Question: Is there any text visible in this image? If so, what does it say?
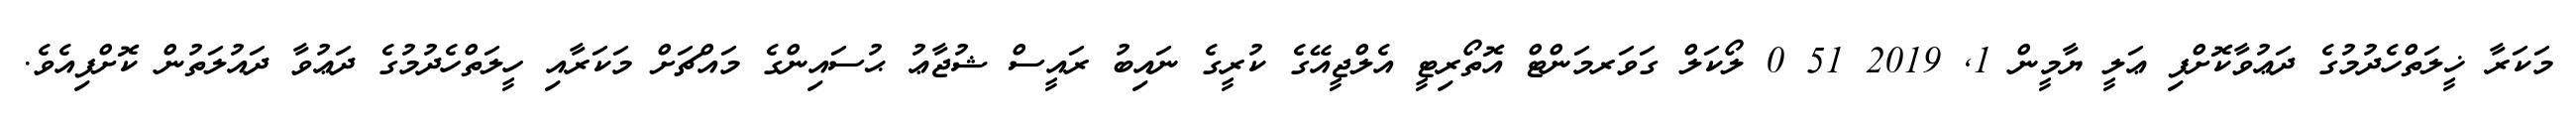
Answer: މަކަރާ ޚީލަތްހެދުމުގެ ދަޢުވާކޮށްފި ޢަލީ ޔާމީން 1, 2019 51 0 ލޯކަލް ގަވަރމަންޓް އޮތޯރިޓީ އެލްޖީއޭގެ ކުރީގެ ނައިބު ރައީސް ޝުޖާޢު ޙުސައިންގެ މައްޗަށް މަކަރާއި ހީލަތްހެދުމުގެ ދަޢުވާ ދައުލަތުން ކޮށްފިއެވެ.